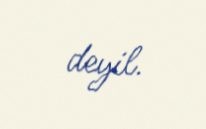
deyil.